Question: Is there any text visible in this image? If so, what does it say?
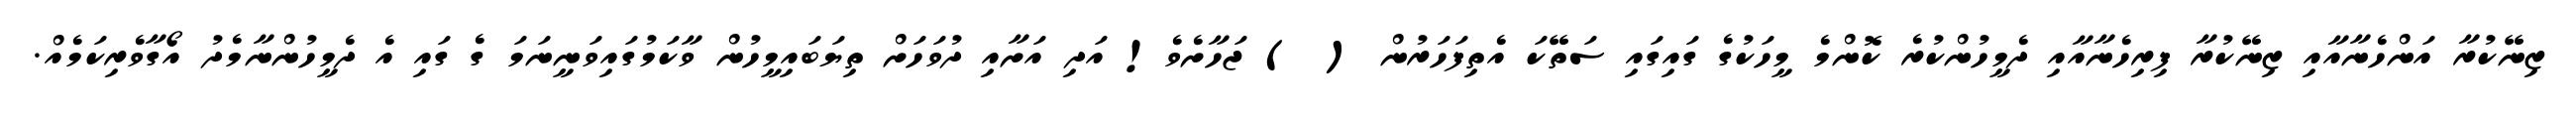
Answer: ޒިނޭކުރާ އަންހެނާއާއި ޒިނޭކުރާ ފިރިހެނާއާއި ދެމީހުންކުރެ ކޮންމެ މީހަކުގެ ގައިގައި ސަތޭކަ އެތިފަހަރުން ( ) ޖަހާށެވެ! އަދި އަށާއި ދުވަހަށް ތިޔަބައިމީހުން ވާކަމުގައިވަނީނަމަ ގެ ގައި އެ ދެމީހުންނާމެދު އޯގާވެރިކަމެއް.